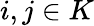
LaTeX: i,j\in K